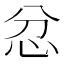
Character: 忿